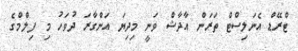
ޓްރޭޑް އެނަލިސްޓް ތަރަން އާދާޝް ވަނީ މިދިޔަ އަންގާރަ ދުވަހު މި ފިލްމްގެ